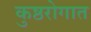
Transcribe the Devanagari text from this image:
कुष्ठरोगात